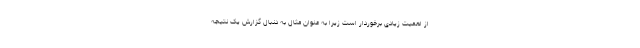
از اهمیت زیادی برخوردار است زیرا به عنوان مثال به دنبال گزارش یک نتیجه